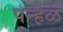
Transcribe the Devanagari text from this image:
पन्हळ